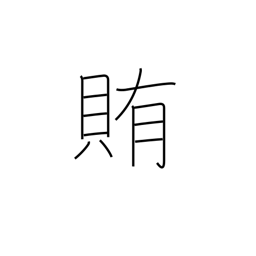
Meaning: supply